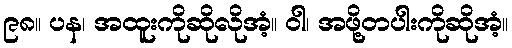
၉၈။ ပန၊ အထူးကိုဆိုလိုအံ့။ ဝါ၊ အဖို့တပါးကိုဆိုအံ့။